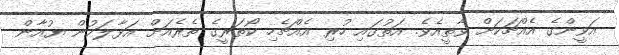
އަވީންގެ އެއްޗަކަށް ވާތީއެވެ. އަތުގައި ހުރި އެއްޗެހި ކޯތަރީގެ ތެރެއަށް އަޅާލަމުން ޔުއާން